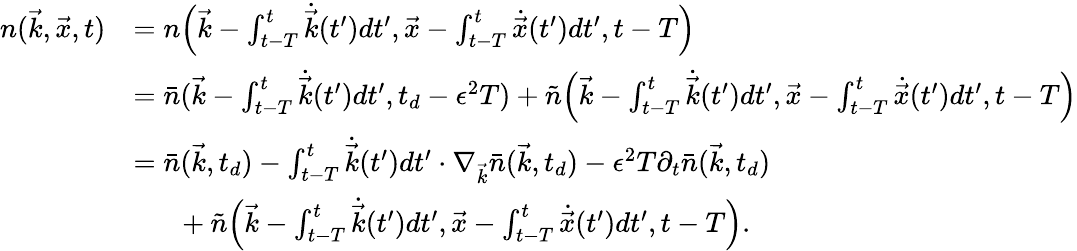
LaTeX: \begin{array}{rl}{n(\vec{k},\vec{x},t)}&{=n\Big(\vec{k}-\int_{t-T}^{t}\dot{\vec{k}}(t^{\prime})dt^{\prime},\vec{x}-\int_{t-T}^{t}\dot{\vec{x}}(t^{\prime})dt^{\prime},t-T\Big)}\\ &{=\bar{n}(\vec{k}-\int_{t-T}^{t}\dot{\vec{k}}(t^{\prime})dt^{\prime},t_{d}-\epsilon^{2}T)+\tilde{n}\Big(\vec{k}-\int_{t-T}^{t}\dot{\vec{k}}(t^{\prime})dt^{\prime},\vec{x}-\int_{t-T}^{t}\dot{\vec{x}}(t^{\prime})dt^{\prime},t-T\Big)}\\ &{=\bar{n}(\vec{k},t_{d})-\int_{t-T}^{t}\dot{\vec{k}}(t^{\prime})dt^{\prime}\cdot\nabla_{\vec{k}}\bar{n}(\vec{k},t_{d})-\epsilon^{2}T\partial_{t}\bar{n}(\vec{k},t_{d})}\\ &{\ \ \ \ \ \ +\tilde{n}\Big(\vec{k}-\int_{t-T}^{t}\dot{\vec{k}}(t^{\prime})dt^{\prime},\vec{x}-\int_{t-T}^{t}\dot{\vec{x}}(t^{\prime})dt^{\prime},t-T\Big).}\end{array}